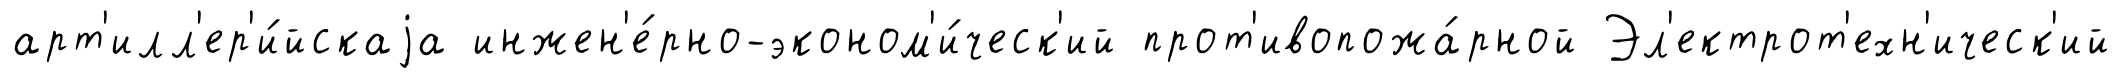
арт'илл'ер'и́йскаjа инжен'е́рно-эконом'и́ческ'ий прот'ивопожа́рной Эл'ектрот'ехн'ическ'ий